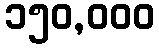
၁၅၀,၀၀၀